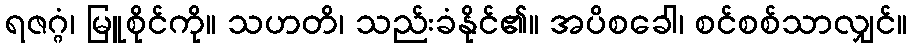
ရဇဂ္ဂံ၊ မြူစိုင်ကို။ သဟတိ၊ သည်းခံနိုင်၏။ အပိစခေါ၊ စင်စစ်သာလျှင်။